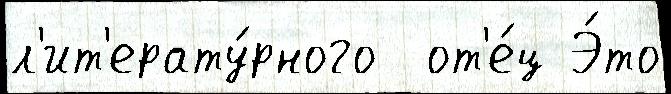
л'ит'ерату́рного  от'е́ц Э́то